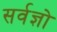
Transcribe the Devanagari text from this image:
सर्वज्ञो